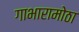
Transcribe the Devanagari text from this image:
गाभारामोठा